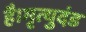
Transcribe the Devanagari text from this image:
है।मृत्युदंड